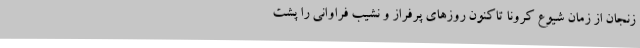
زنجان از زمان شیوع کرونا تاکنون روزهای پرفراز و نشیب فراوانی را پشت